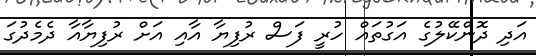
އަދި ދޮންކޭލުގެ އަގުތައް ހުރީ ފަސް ރުފިޔާ އާއި އަށް ރުފިޔާއާ ދެމެދުގަ